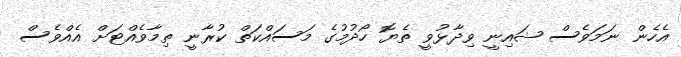
އެހެން ނަމަވެސް ޝައިނީ ވިދާޅުވީ ތެޔޮ ހޯދުމުގެ މަސައްކަތް ކުރާނީ ތިމާވެއްޓަށް އެއްވެސް